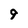
Character: 9